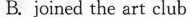
B.joined the art club